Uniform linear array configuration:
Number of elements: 32
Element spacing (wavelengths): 0.25
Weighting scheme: kaiser
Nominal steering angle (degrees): -60
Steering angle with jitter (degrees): -61.539
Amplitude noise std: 0.05
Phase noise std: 0.05

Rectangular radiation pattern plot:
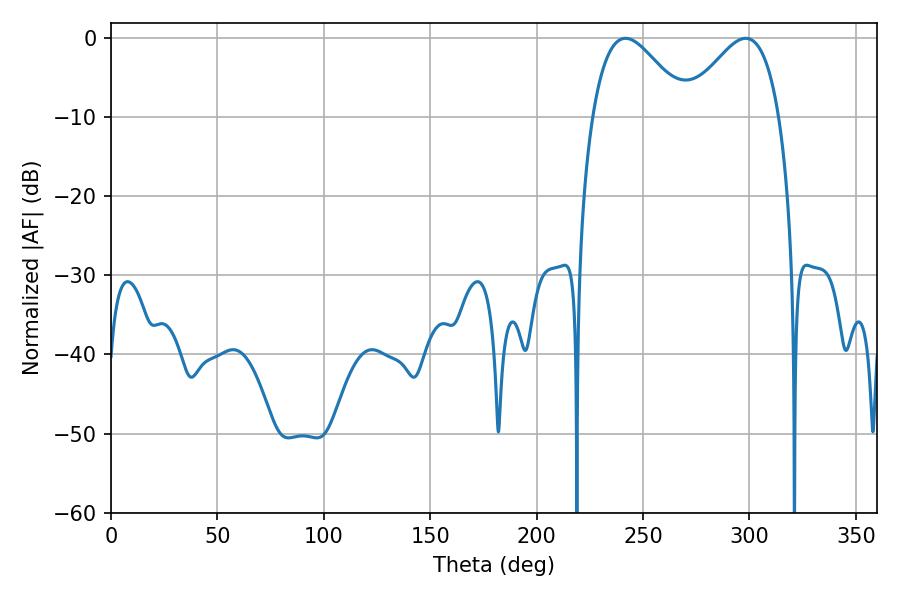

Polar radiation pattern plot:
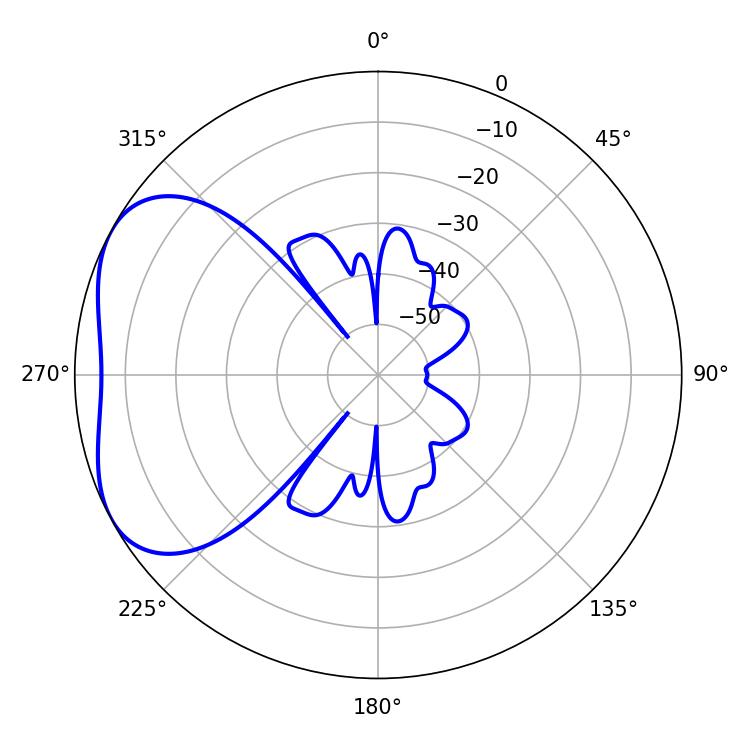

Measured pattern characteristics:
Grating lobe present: FALSE
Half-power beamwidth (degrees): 23.94
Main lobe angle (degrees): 241.74